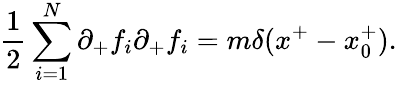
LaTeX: {\frac{1}{2}}\sum_{i=1}^{N}\partial_{+}f_{i}\partial_{+}f_{i}=m\delta(x^{+}-x_{0}^{+}).